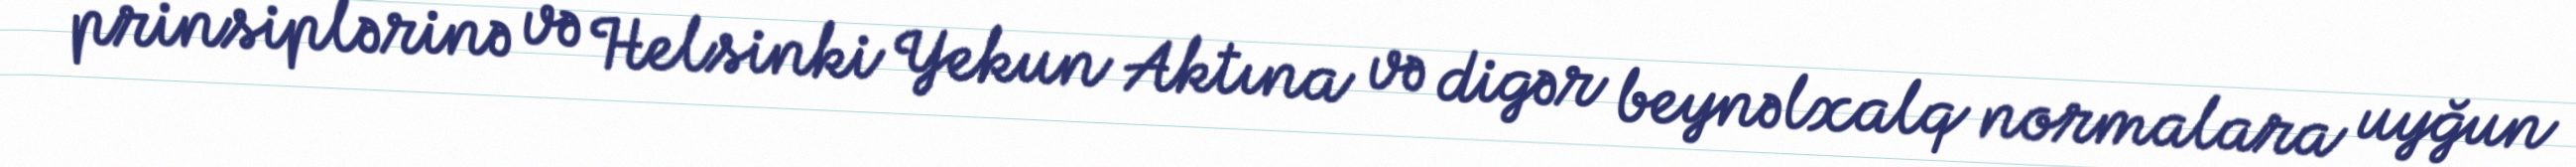
prinsiplərinə və Helsinki Yekun Aktına və digər beynəlxalq normalara uyğun